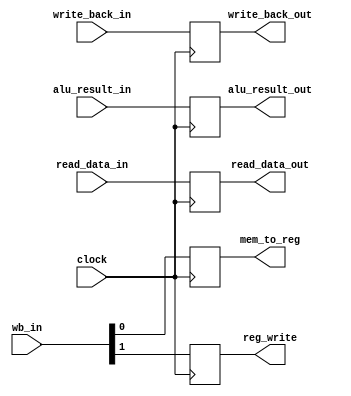
module mem_wb_pipe_reg(clock, wb_in, mem_to_reg, reg_write, read_data_in, read_data_out, alu_result_in, alu_result_out, write_back_in, write_back_out);

input clock;
input [1:0] wb_in;
output reg mem_to_reg, reg_write;
input [31:0] alu_result_in, read_data_in;
output reg [31:0] alu_result_out, read_data_out;
input [4:0] write_back_in;
output reg [4:0] write_back_out;

always @(posedge clock)
begin
	mem_to_reg = wb_in[0:0];
	reg_write = wb_in[1:1];
	alu_result_out = alu_result_in;
	read_data_out = read_data_in;
	write_back_out = write_back_in;
end
endmodule